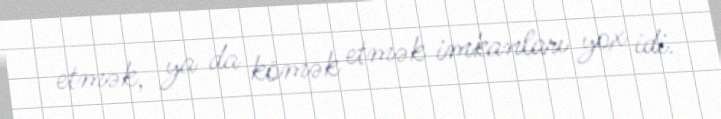
etmək, ya da kömək etmək imkanları yox idi.